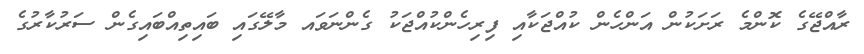
ރާއްޖޭގެ ކޮންމެ ރަށަކުން އަންހެން ކުއްޖަކާއި ފިރިހެންކުއްޖަކު ގެންނަވައ މާލޭގައި ބައިތިއްބައިގެން ސަރުކާރުގެ